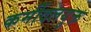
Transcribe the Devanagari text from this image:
कर्मीदलयुक्त